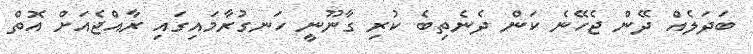
ބަދަލެއް ދޭން ޖެހޭނެ ކަން ދެނެތިބެ ކުރި ގާނޫނީ ހަނގުރާމައިގައި ރާއްޖެއަށް އޮތް